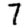
Digit: 7